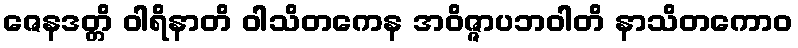
ဇေနဒတ္တိ ဝါရိနာတိ ဝါသိတကေန အဝိဇ္ဇာပဘဝါတိ နာသိတကောဝ